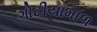
ગોટીયામાળ